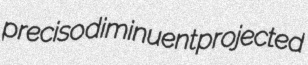
preciso diminuent projected